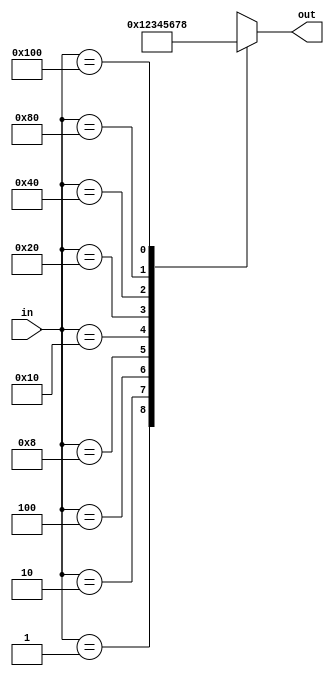
`timescale 1ns / 1ps
module OHC_9_to_binary(in,out);
    input [8:0]in;
    output reg [4:1] out;
    always @(*) begin
        case(in)
            9'b000000001:out=4'h0;
            9'b000000010:out=4'h1;
            9'b000000100:out=4'h2;
            9'b000001000:out=4'h3;
            9'b000010000:out=4'h4;
            9'b000100000:out=4'h5;
            9'b001000000:out=4'h6;
            9'b010000000:out=4'h7;
            9'b100000000:out=4'h8;
            default:out=4'bxxxx;
        endcase
    end
endmodule